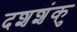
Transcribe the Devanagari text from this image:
दशशंकु